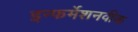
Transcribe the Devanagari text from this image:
इन्फर्मेशनवीक